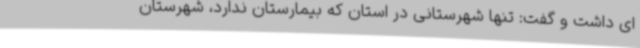
ای داشت و گفت: تنها شهرستانی در استان که بیمارستان ندارد، شهرستان